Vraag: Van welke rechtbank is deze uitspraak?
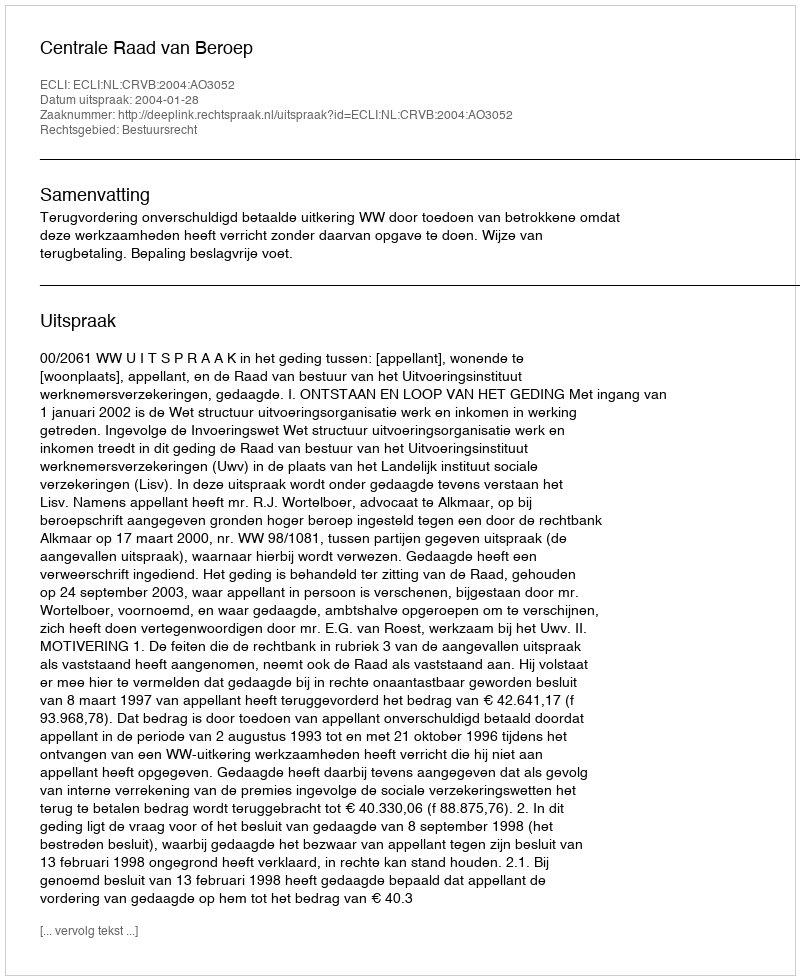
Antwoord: Centrale Raad van Beroep